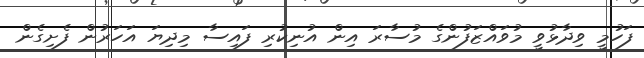
ފަހުމީ ވިދާޅުވީ މުވައްޒަފުންގެ މުސާރަ އިން އުނިކުރި ފައިސާ މިދިޔަ އަހަރުން ފެށިގެން